Bréfritari: Jóhannes Halldórsson
Dagsetning: A-1876-05-08
Skrifað á: Vesturheimi

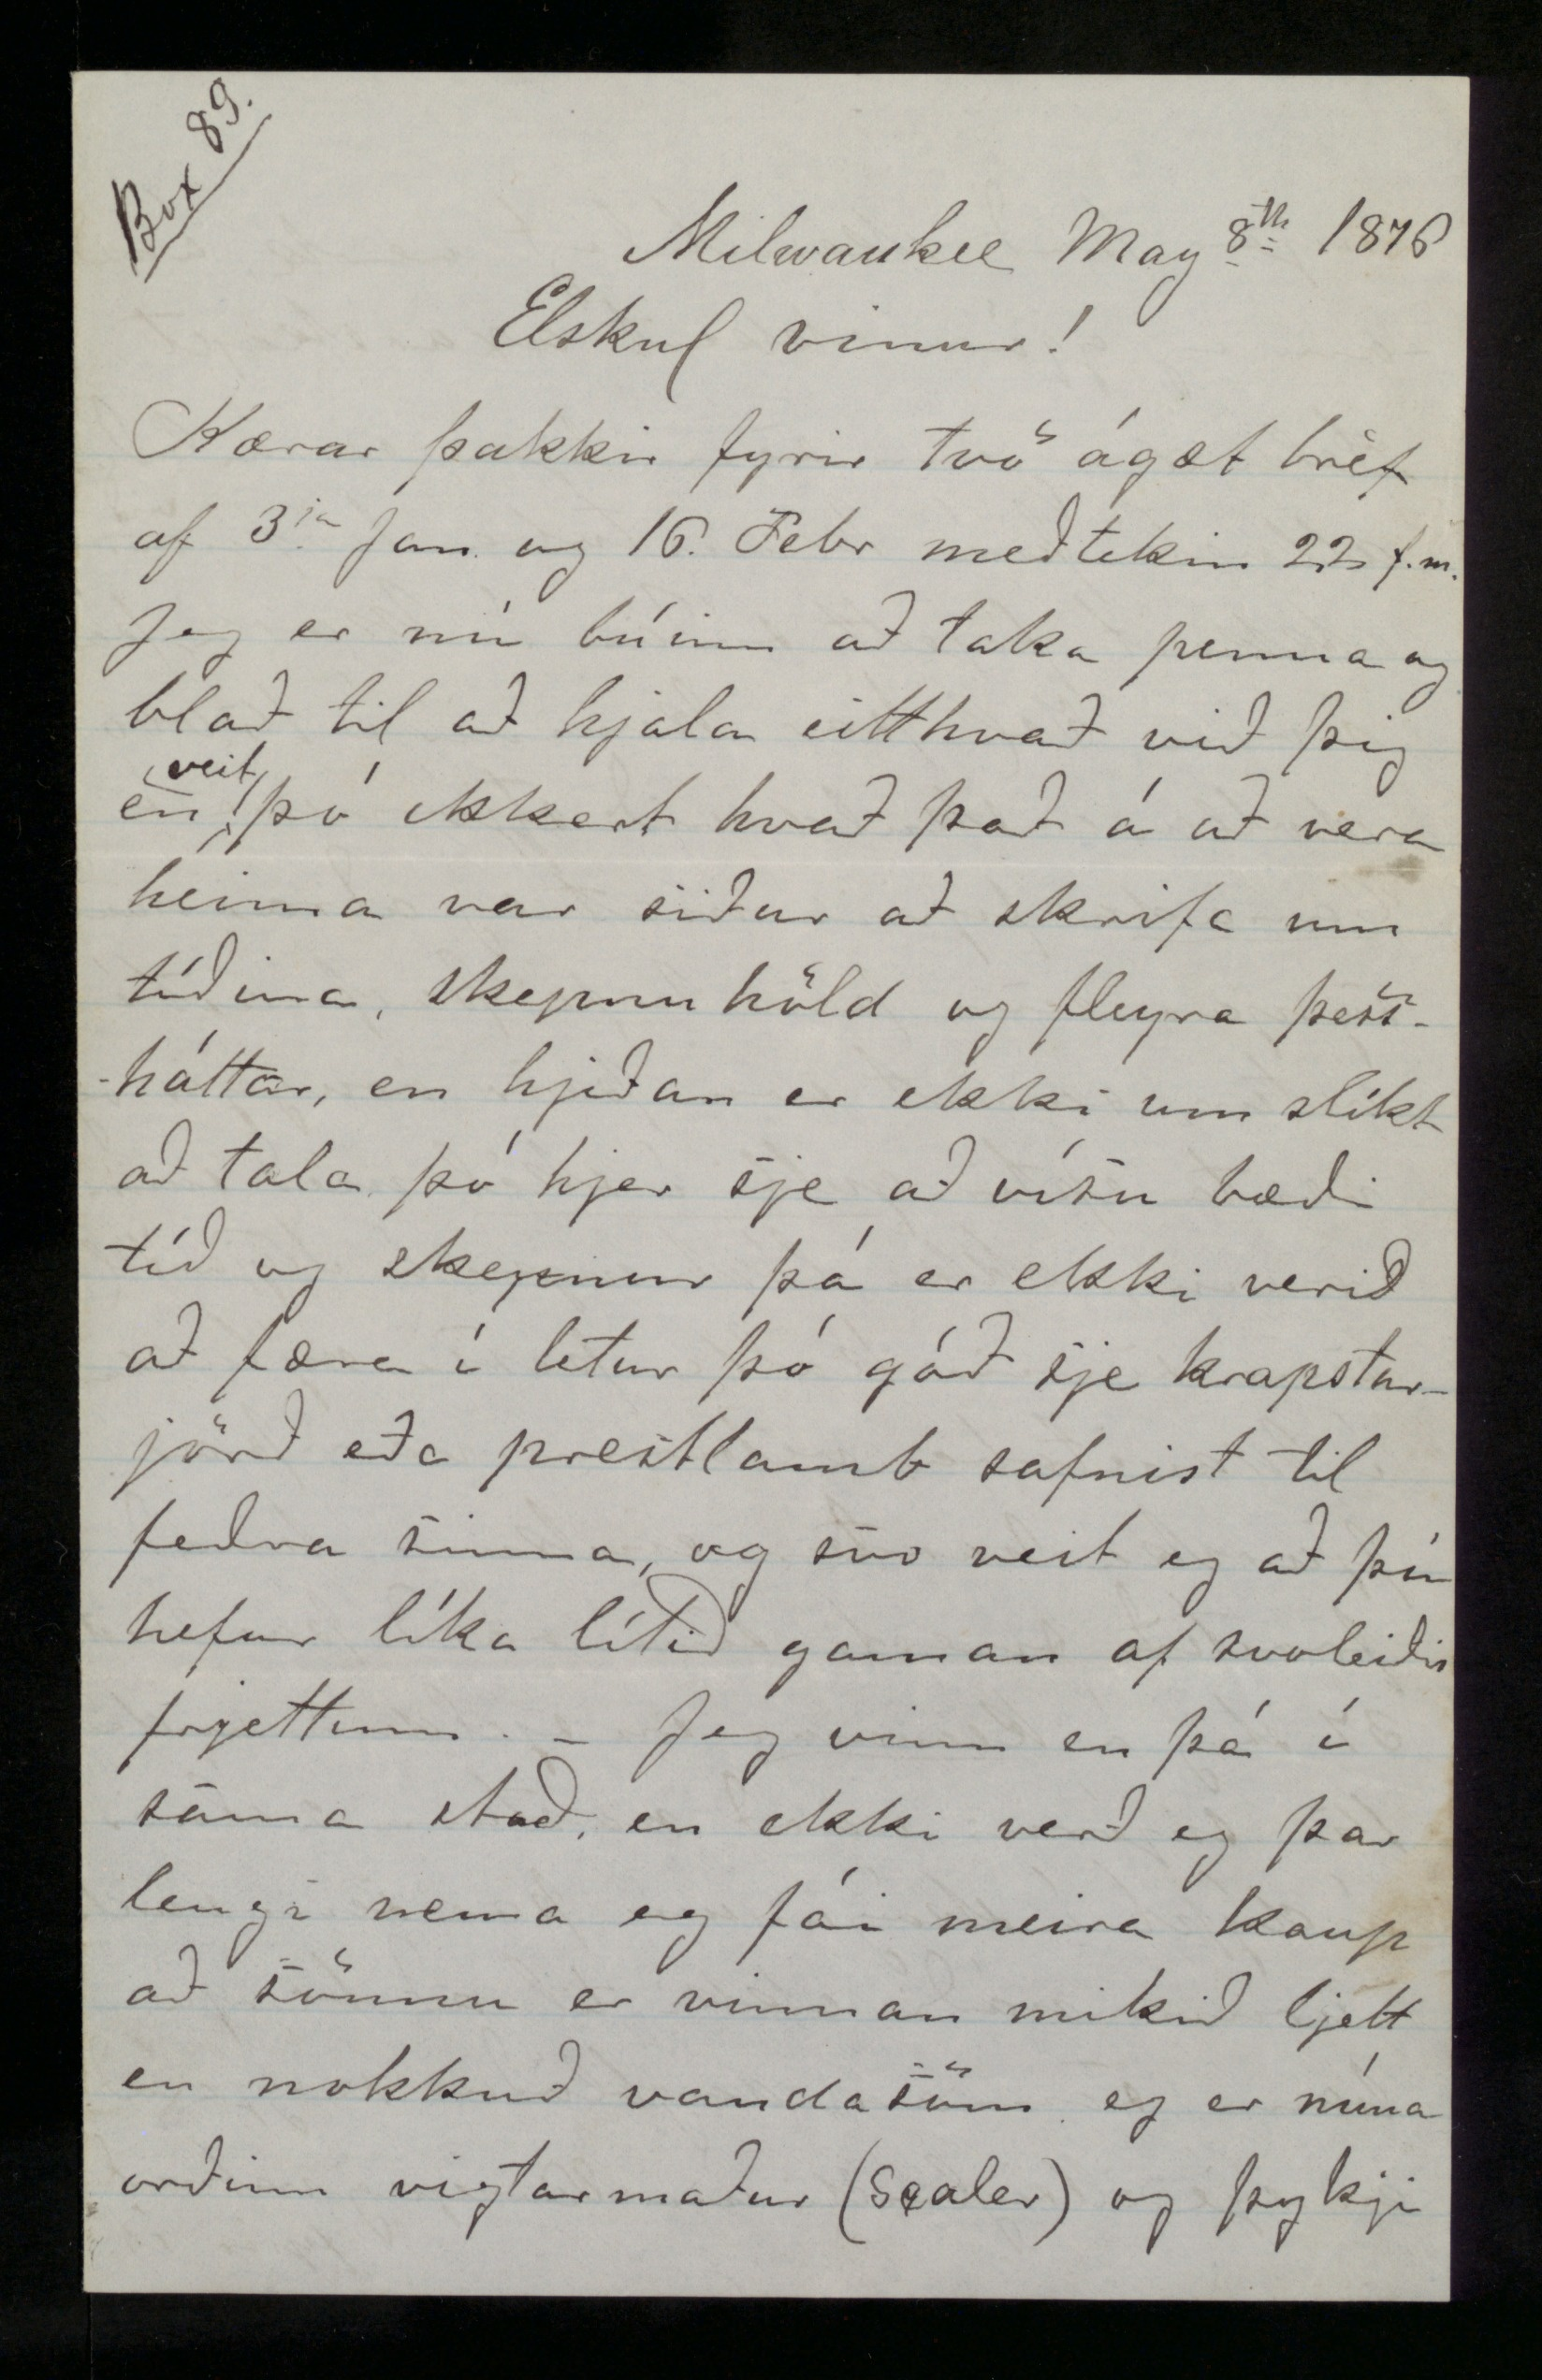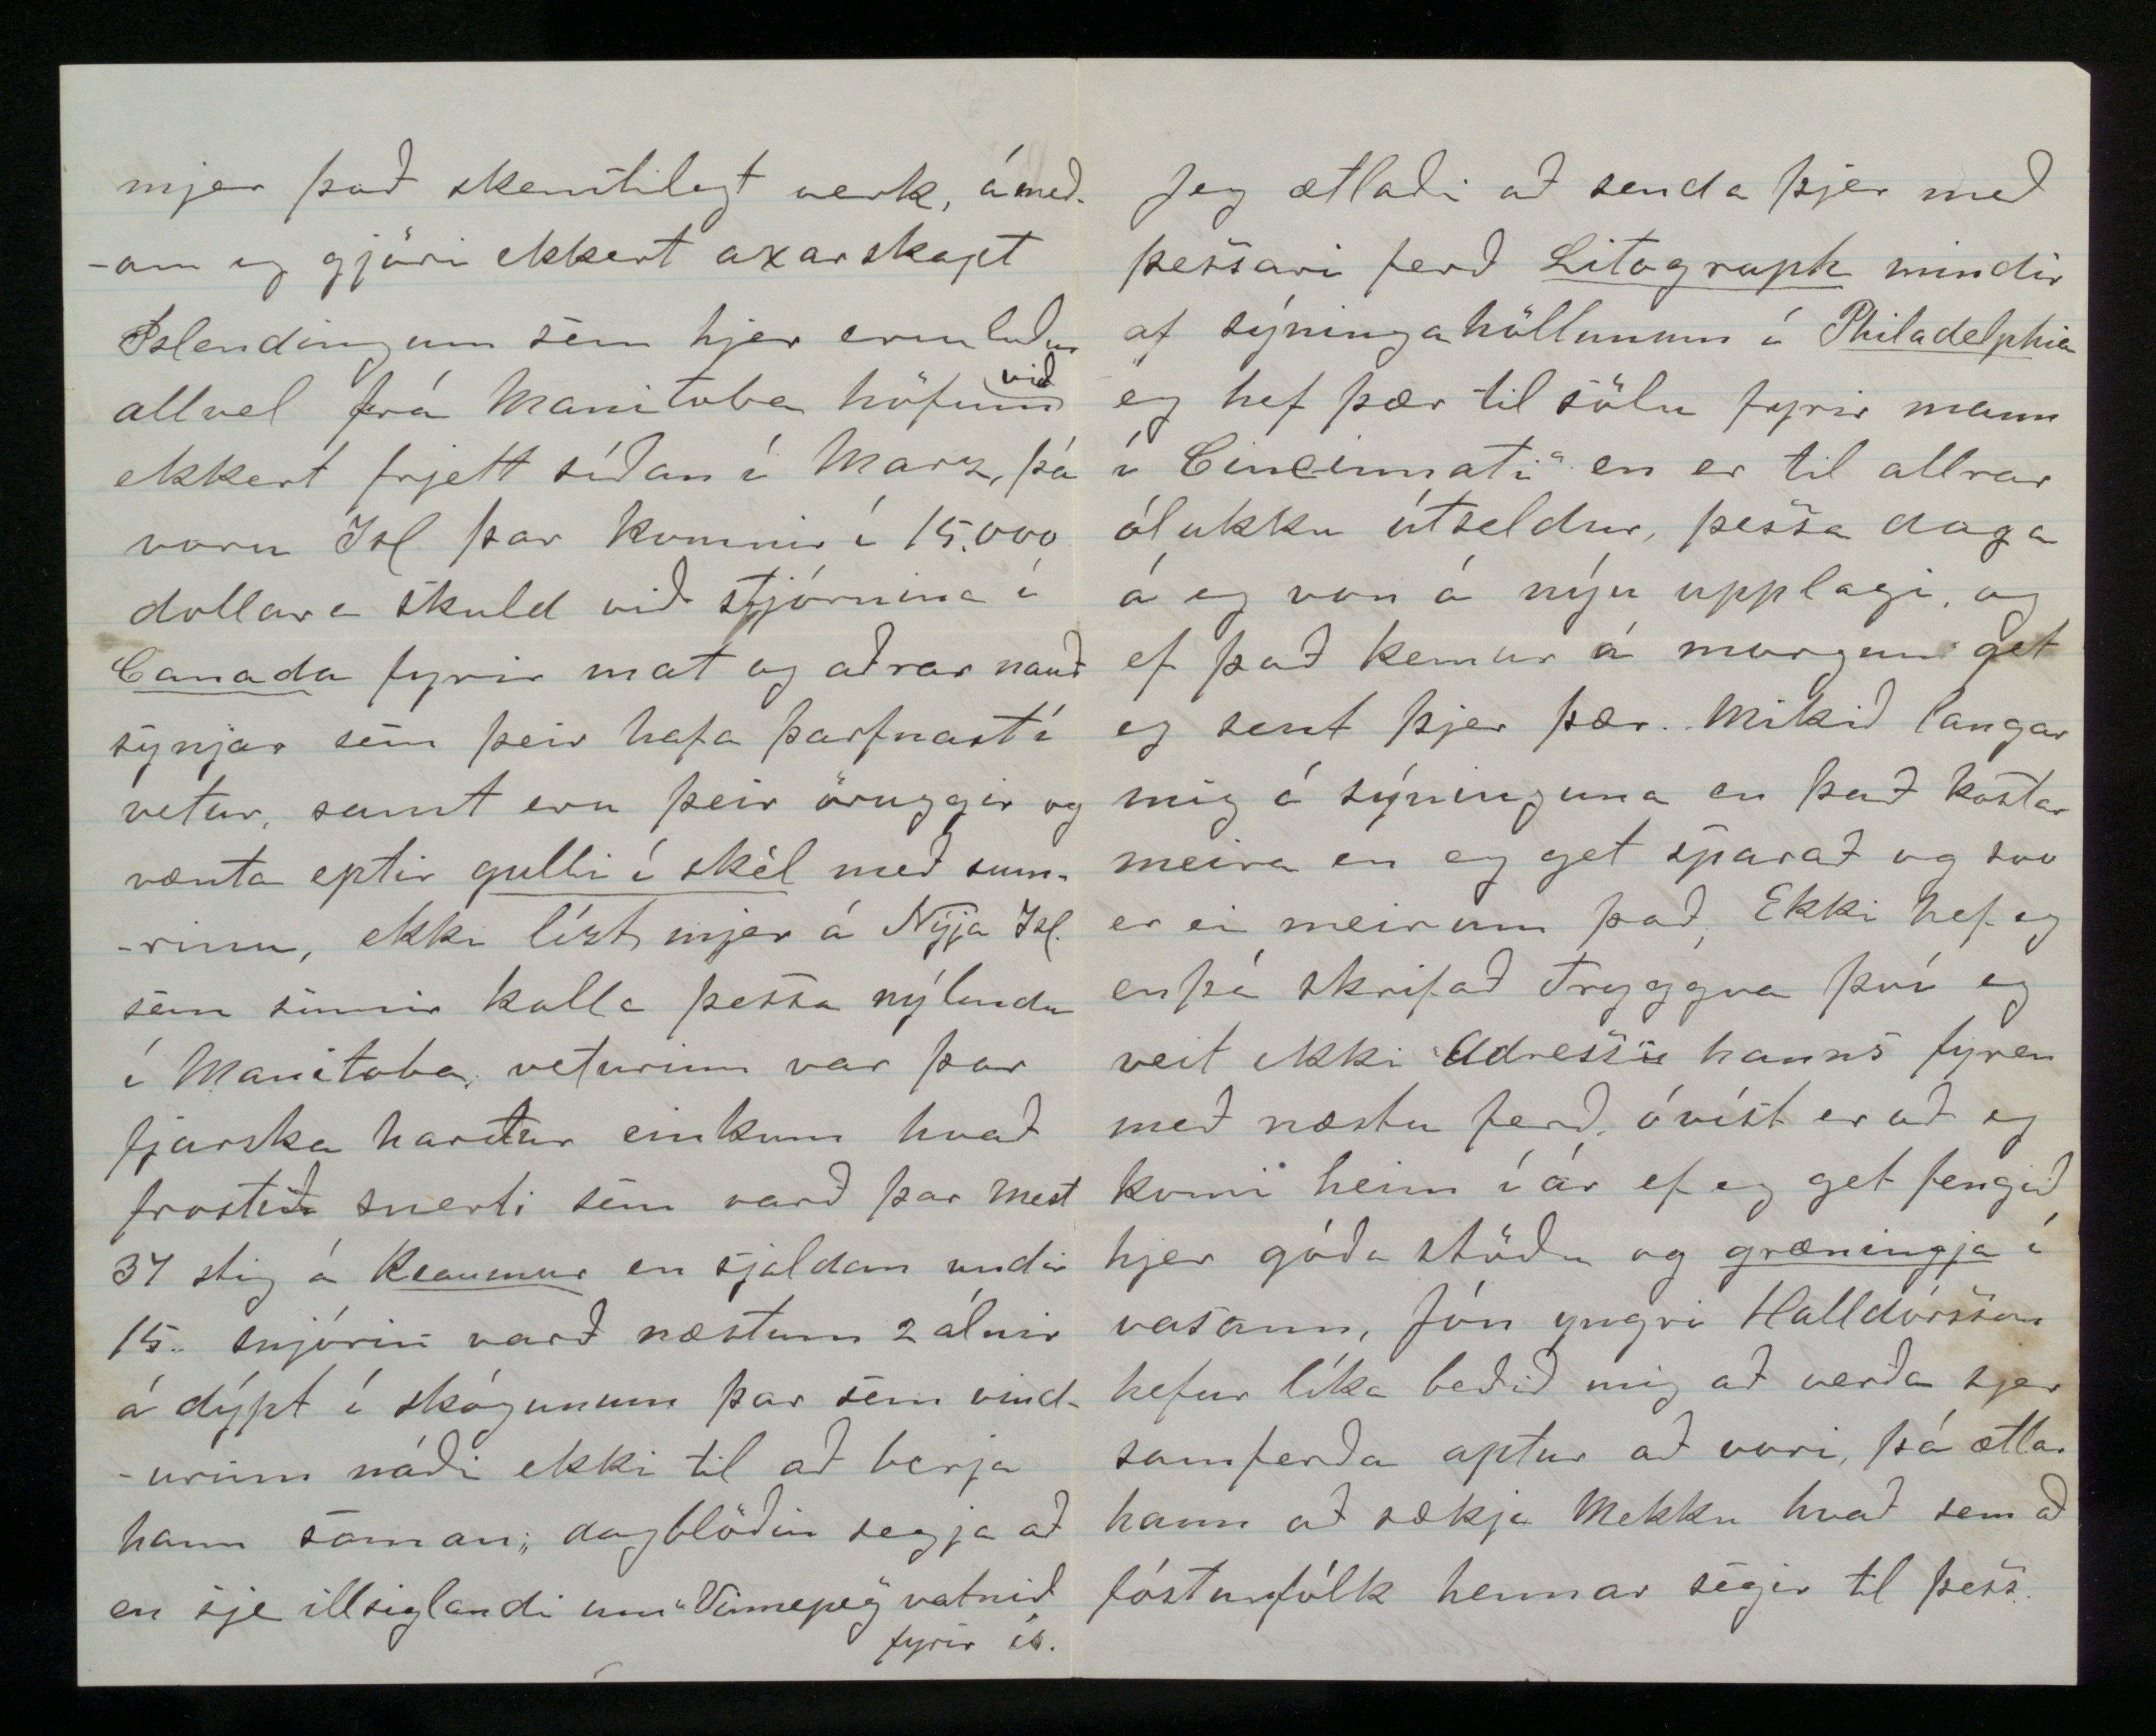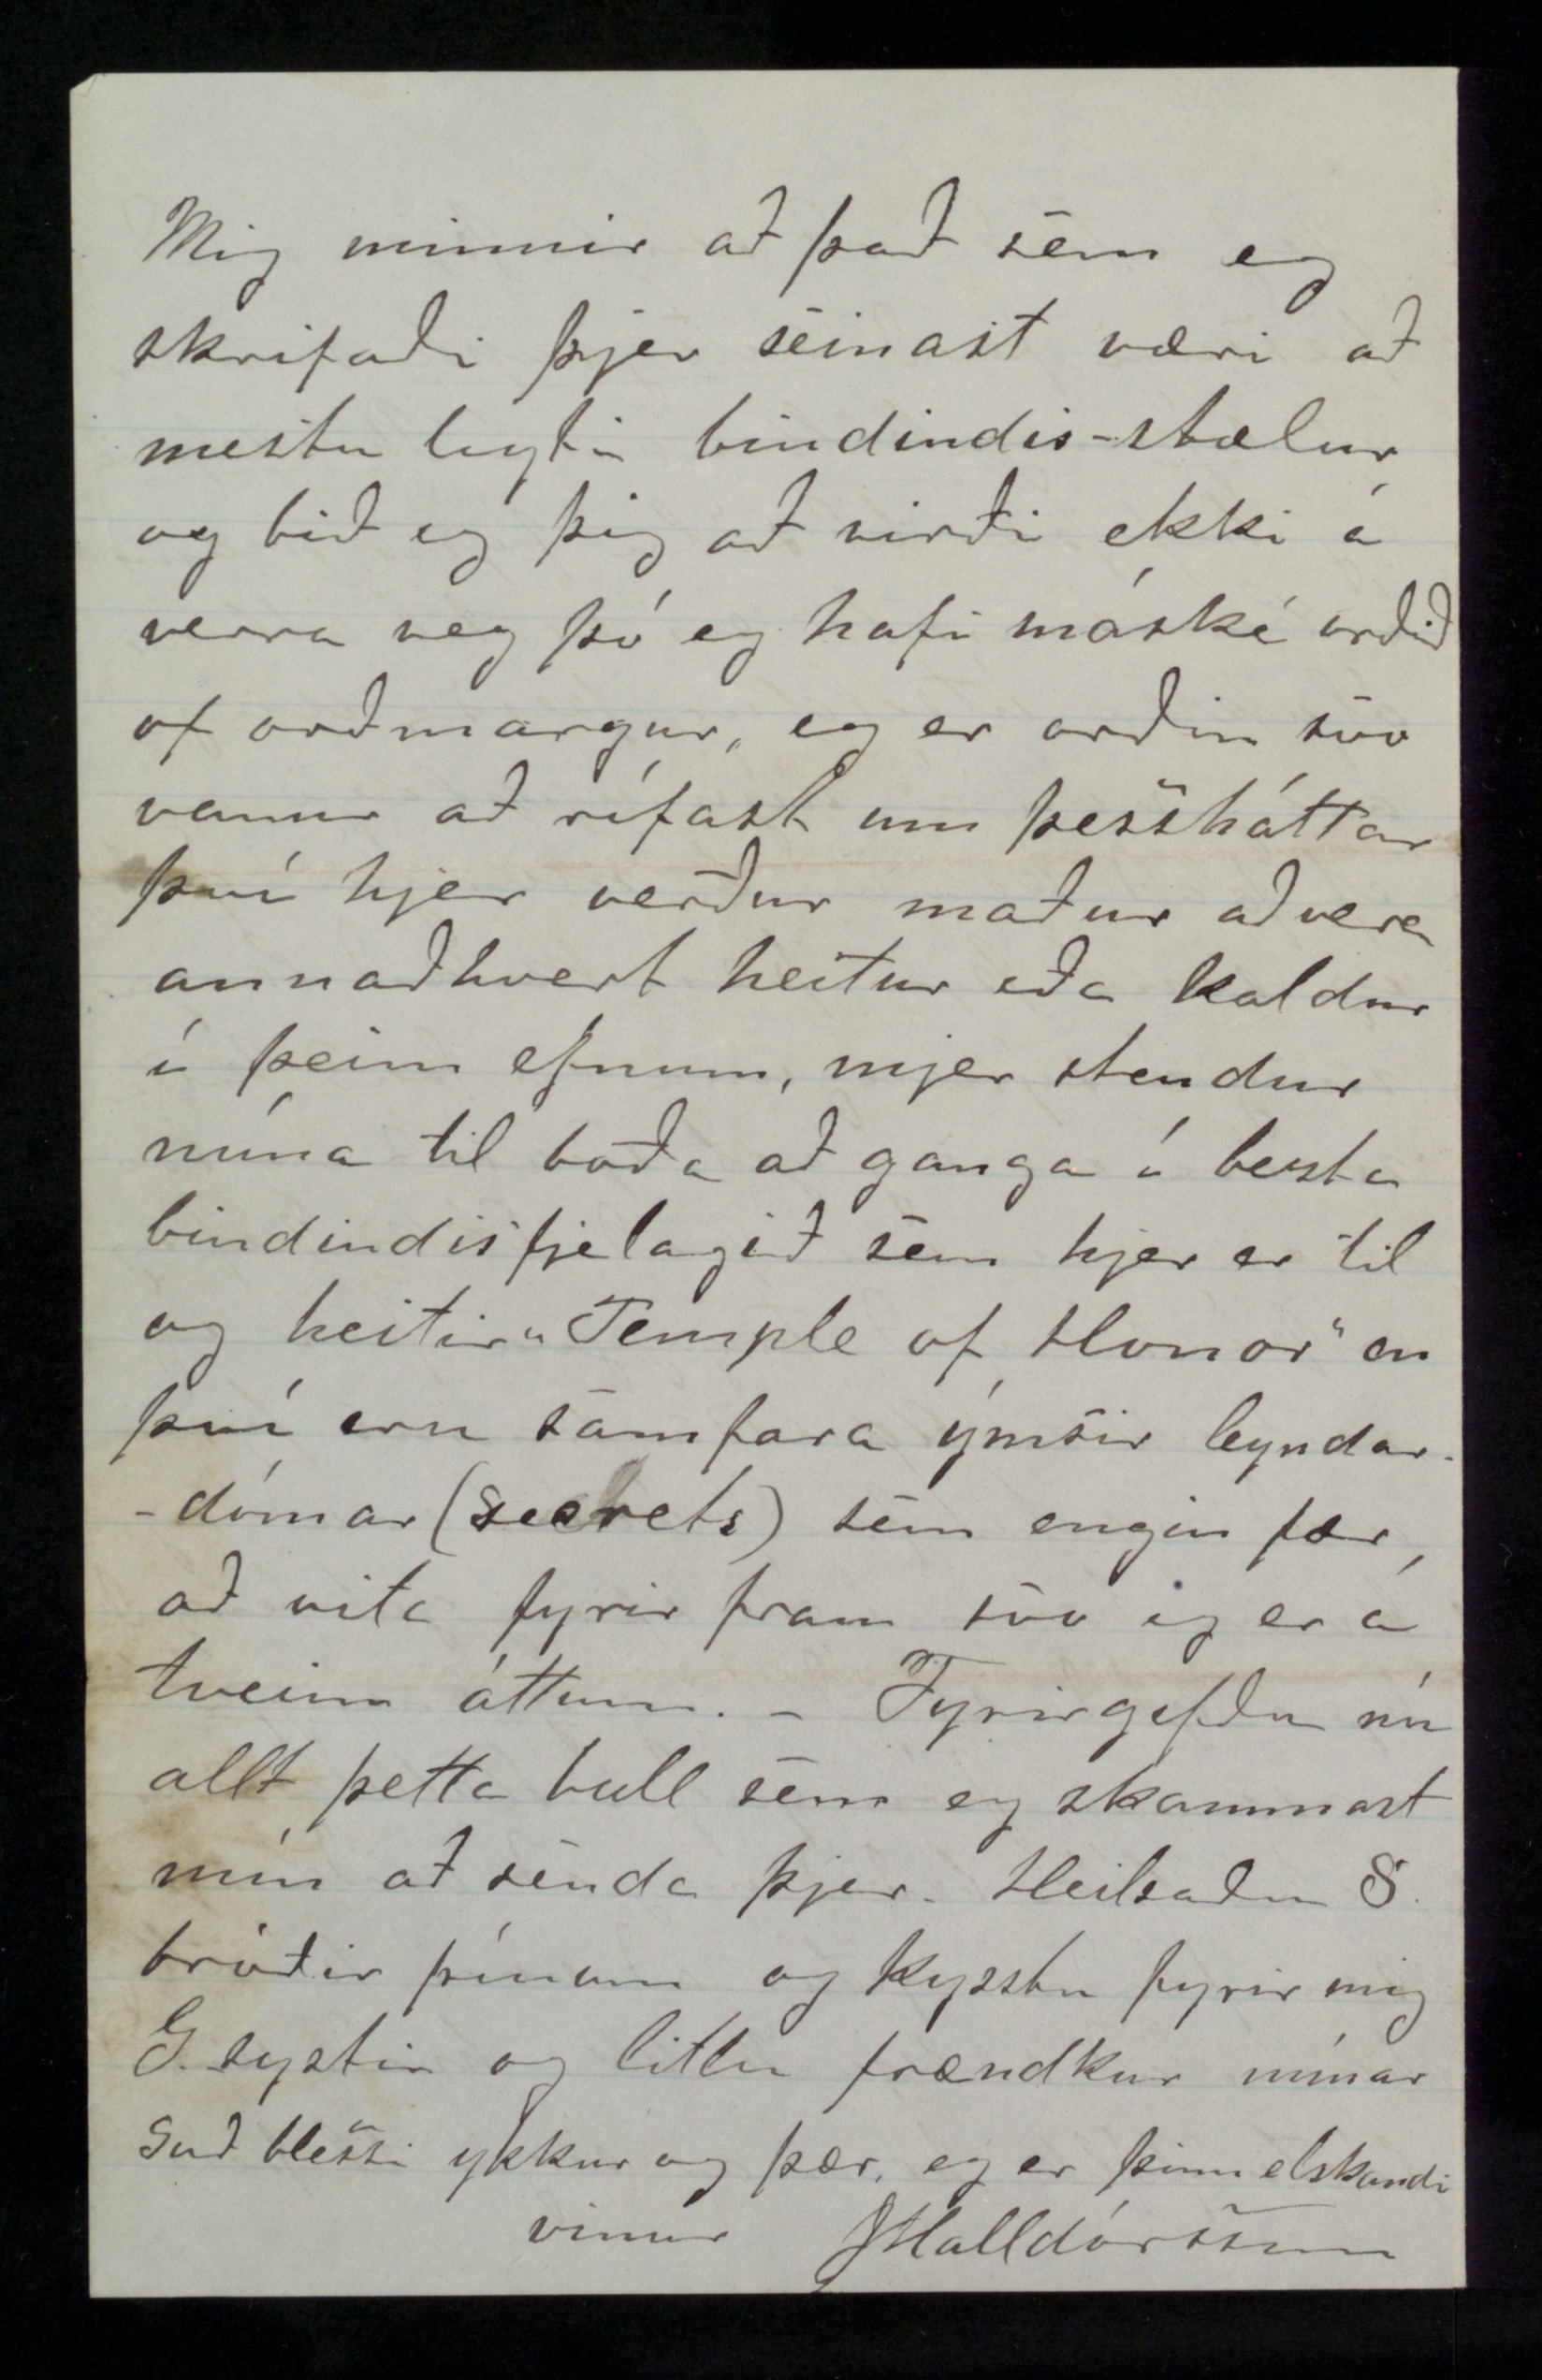

Box 33
Milwaukee May 8th 1876
Elskul vinur!
Kærar þakkir fyrir tvö ágæt bréf af 3ja Jan. og 16. Febr meðtekin 23 f.m. Jeg er nú búinn að taka penna og blað til að hjala eitthvað við þig en
veit
þá ekkert hvað það á að vera heima var siður að skrifa um tíðina, skepnu höld og fleyra þessháttar, en hjeðan er ekki um slíkt að tala þó hjer sje að vísu bæði tíð og skepnur þá er ekki verið að færa í letur þó góð sje krapsturjörð eða prestlamb safnist til feðra sinna og svo veit eg að þú hefur líka lítið gaman af svoleiðis frjettum. - Jeg vinn en þá í sama stað, en ekki verð eg þar lengi nema eg fái meira kaup að sönnu er vinnan mikið ljett en nokkuð vandasöm eg er núna orðinn vigtarmaður (scaler) og þykji
mjer það skemtilegt verk, á meðan eg gjöri ekkert axarskapt Íslendingum sem hjer eru líður allvel frá Manitoba höfum
við
ekkert frjett síðan í Marz, þá voru Ísl. þar komnir í 15.000 dollara skuld við stjórnina í
Canada
fyrir mat og aðrar nauðsynjar sem þeir hafa þarfnast í vetur, samt eru þeir öruggir og vænta eptir
gulli í skél
með sumrinu, ekki lízt mjer á Nýja Ísl. sem sumir kalla þessa nýlendu í Manitoba, veturinn var þar fjarska harður einkum hvað frostið snerti sem varð þar mest 37 stig á
Reaumur
en sjaldan undir 15. snjórin varð næstum 2 álnir á dýpt í skógunum þar sem vindurinn náði ekki til að berja hann saman, dagblöðin segja að en sje illsiglandi um „Vinnepeg" vatnið fyrir ís
Jeg ætlaði að senda þjer með þessari ferð
Litagraph
mindir af sýningahöllunum í
Philadelphia
eg hef þær til sölu fyrir mann í Cincinati en er til allrar ólukku útseldur, þessa daga á eg von á nýju upplagi og ef það kemur á morgun get eg sent þjer þær. Mikið langar mig á sýninguna en það kostar meira en eg get sparað og svo er ei meir um það, Ekki hef eg enþá skrifað Tryggva því eg veit ekki Adressu hanns fyren með næstu ferð, óvíst er að eg komi heim í ár ef eg get fengið hjer góða stöðu og
græningja
í vasann, Jón yngri Halldórsson hefur líka beðið mig að verða sjer samferða aptur að vori, þá ætlar hann að sækja Mekku hvað sem fósturfólk hennar segir til þess.
Mig minnir að það sem eg skrifaði þjer seinast væri að mestu leyti bindindis-stælar og bið eg þig að virði ekki á verra veg þó eg hafi máské orðið of orðmargur, eg er orðin svo vanur að rífast um þessháttar því hjer verður maður að vera annaðhvert heitur eða kaldur í þeim efnum, mjer stendur núna til boða að ganga í bezta bindindisfjelagið sem hjer er til og heitir „Temple of Honor" en því eru samfara ýmsir leyndardómar (secrets) sem engin fær að vita fyrir fram svo eg er á tveim áttu. - Fyrirgefðu nú allt þetta bull sem eg skammast mín að senda þjer. Heilsaðu S bróðir þínum og kysstu fyrir mig G. systir og litlu frændkur mínar Guð blessi ykkur og þær, eg er þinn elskandi vinur
JHalldórsson